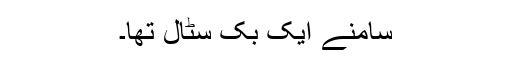
سامنے ایک بک سٹال تھا۔